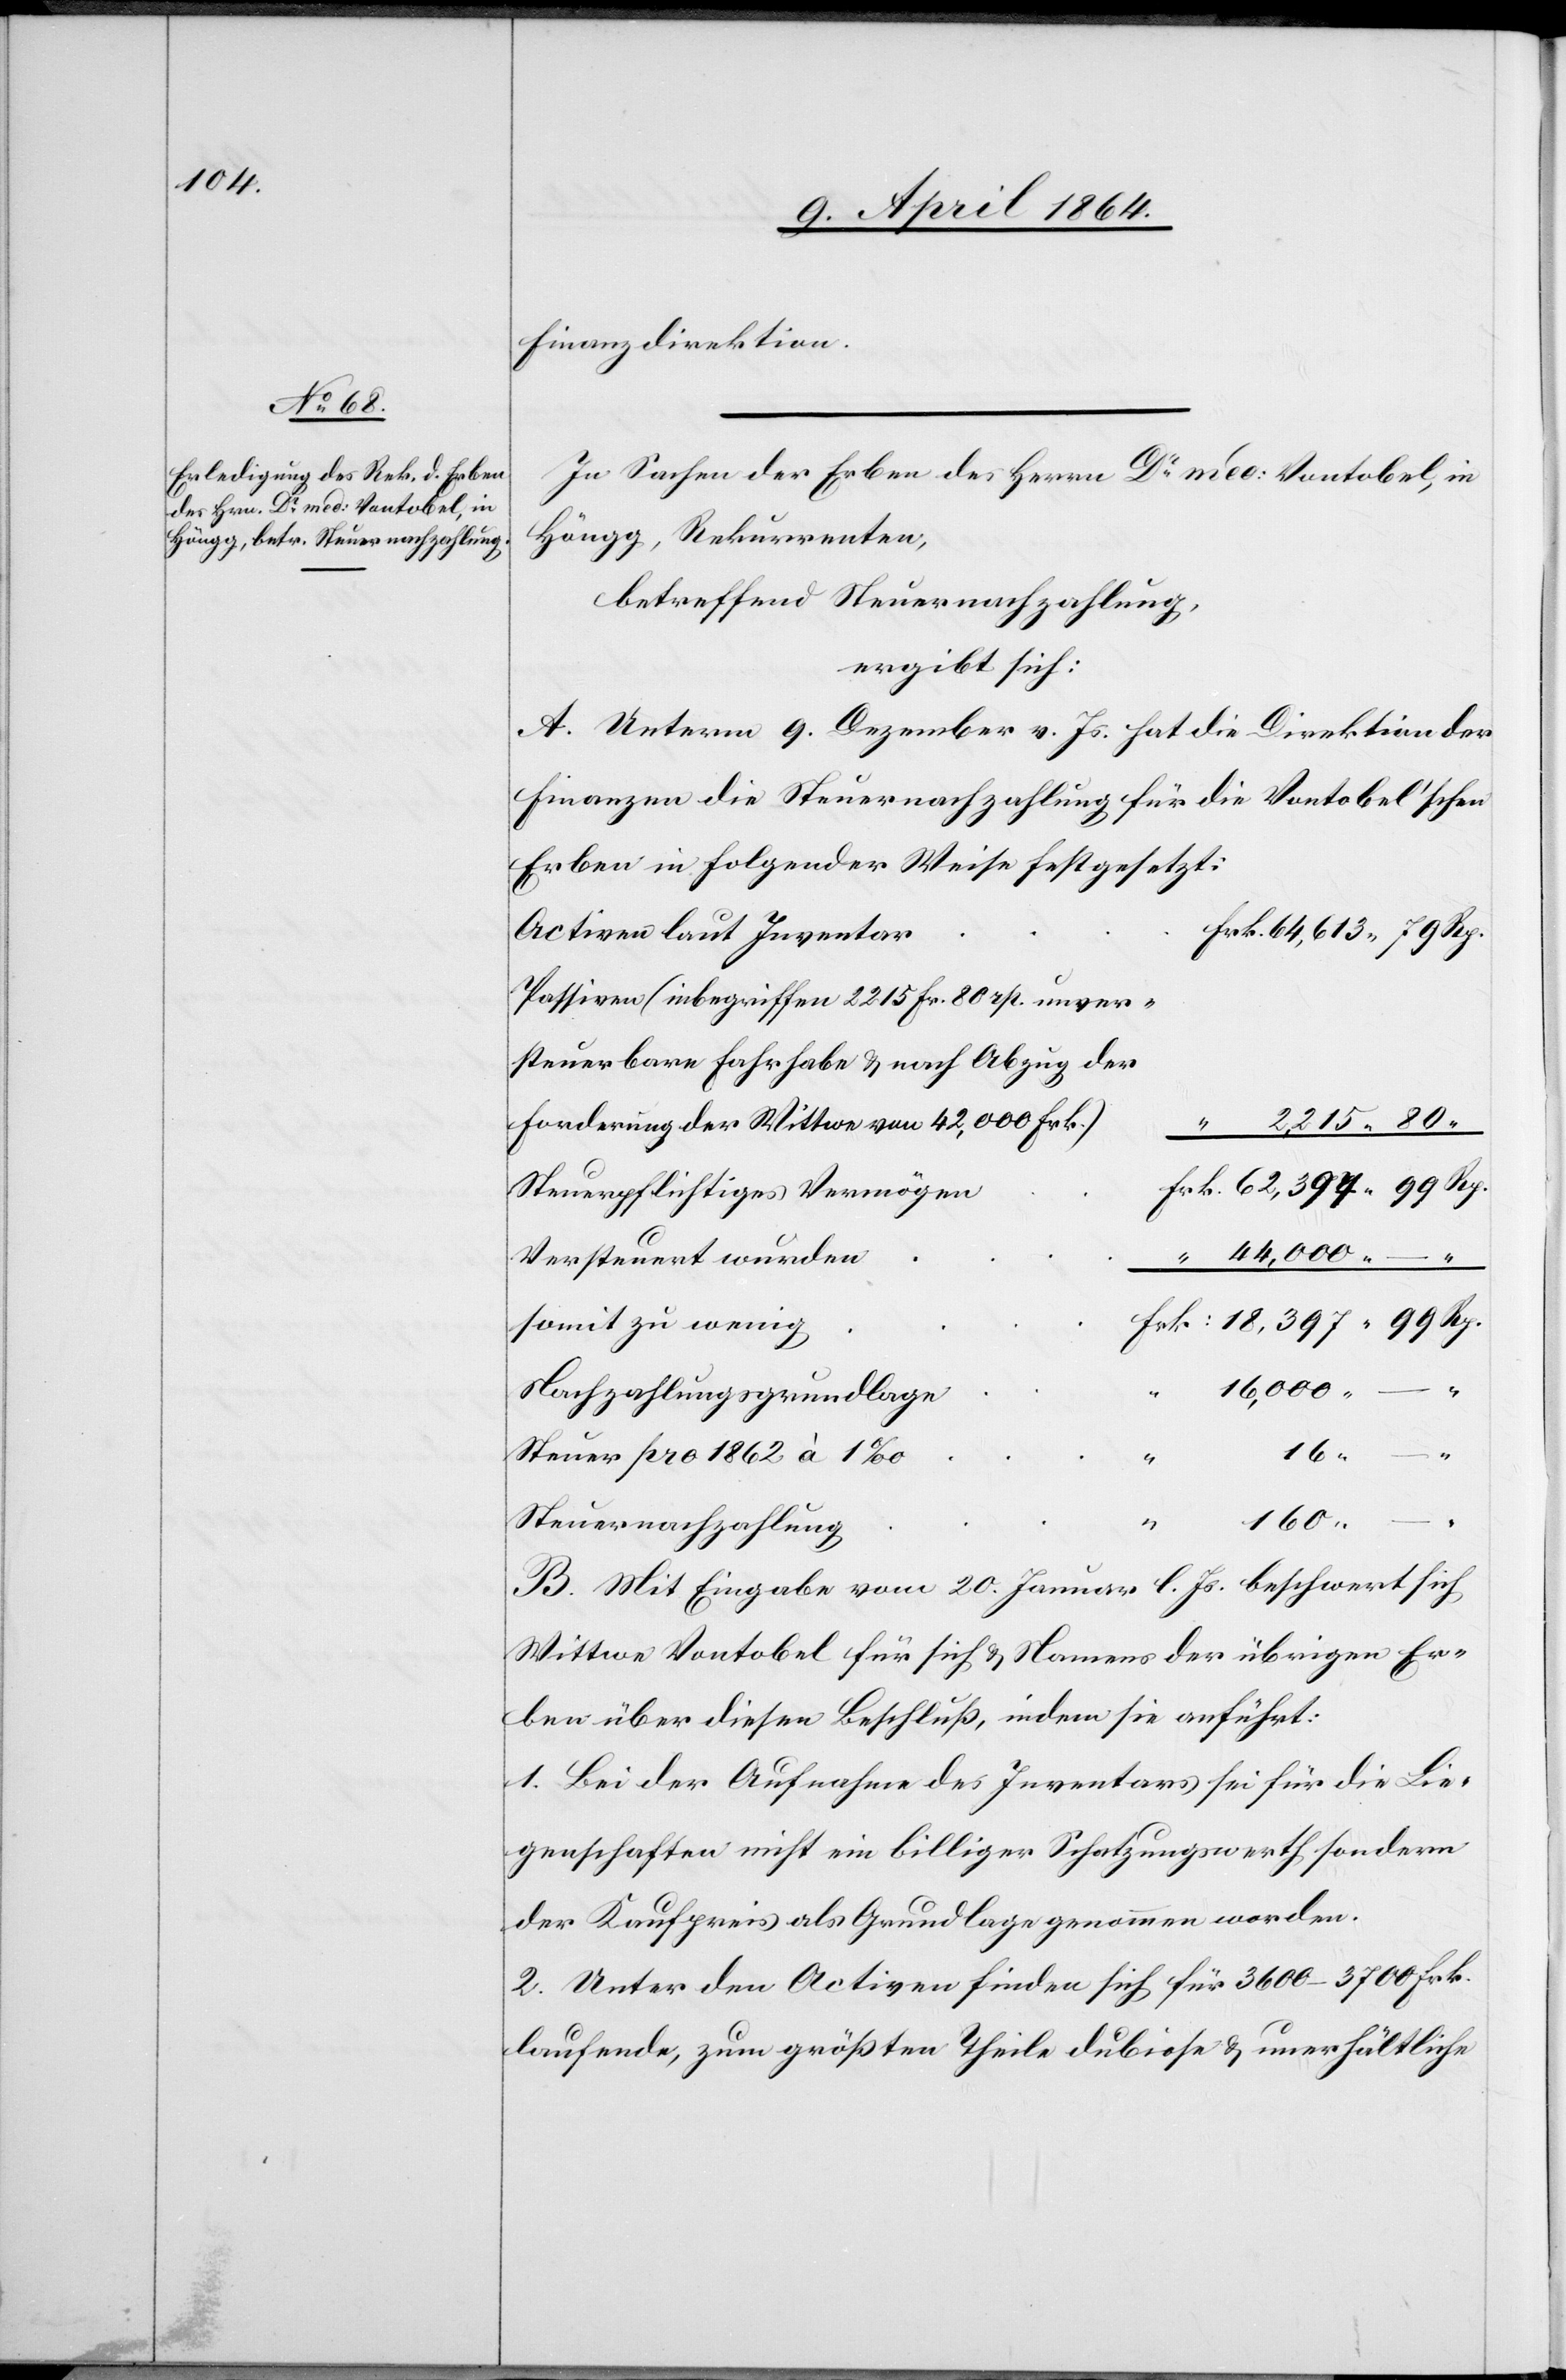
Finanzdirektion.
In Sachen der Erben des Herrn Dr med. Vontobel, in
Höngg, Rekurrenten,
betreffend Steuernachzahlung,
ergibt sich:
A. Unterm 9. Dezember v. Js. hat die Direktion der
Finanzen die Steuernachzahlung für die Vontobel’schen
Erben in folgender Weise festgesetzt:
Passiven (inbegriffen 2215 Fr. 80 rp. unver¬
steuerbare Fahrhabe u. nach Abzug der
Forderung der Wittwe von 42,000 Frk.)
2,215 80
rk. 62,399 99 Rp.
Steuerpflichtiges Vermöge¬
“ 44,000 –
18,397 99 Rp.
16,000 –
–
16
Steuer pro 1862 à
“
160 –
B. Mit Eingabe vom 20. Januar l. Js. beschwert sich
Wittwe Vontobel für sich u. Namens der übrigen Er¬
ben über diesen Beschluß, indem sie anführt:
1. Bei der Aufnahme des Inventars sei für die Lie¬
genschaften nicht ein billiger Schatzungswerth sondern
der Kaufpreis als Grundlage genommen worden.
2. Unter den Activen finden sich für 3600–3700 Frk.
laufende, zum größten Theile dubiose u. unerhältliche